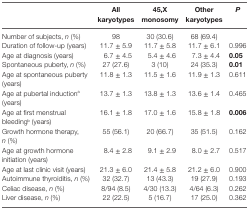
|  | All karyotypes | 45,X monosomy | Other karyotypes | P |
 | --- | --- | --- | --- | --- |
 | Number of subjects, n (%) | 98 | 30 (30.6) | 68 (69.4) |  |
 | Duration of follow-up (years) | 11.7 ± 5.9 | 11.7 ± 5.8 | 11.7 ± 6.1 | 0.996 |
 | Age at diagnosis (years) | 6.7 ± 4.5 | 5.4 ± 4.6 | 7.3 ± 4.4 | 0.05 |
 | Spontaneous puberty, n (%) | 27 (27.6) | 3 (10) | 24 (35.3) | 0.01 |
 | Age at spontaneous puberty (years) | 11.8 ± 1.3 | 11.5 ± 1.6 | 11.9 ± 1.3 | 0.611 |
 | Age at pubertal inductiona (years) | 13.7 ± 1.3 | 13.8 ± 1.3 | 13.6 ± 1.4 | 0.465 |
 | Age at first menstrual bleedingb (years) | 16.1 ± 1.8 | 17.0 ± 1.6 | 15.8 ± 1.8 | 0.006 |
 | Growth hormone therapy, n (%) | 55 (56.1) | 20 (66.7) | 35 (51.5) | 0.162 |
 | Age at growth hormone initiation (years) | 8.4 ± 2.8 | 9.1 ± 2.9 | 8.0 ± 2.7 | 0.517 |
 | Age at last clinic visit (years) | 21.3 ± 6.0 | 21.4 ± 5.8 | 21.2 ± 6.0 | 0.900 |
 | Autoimmune thyroiditis, n (%) | 32 (32.7) | 13 (43.3) | 19 (27.9) | 0.193 |
 | Celiac disease, n (%) | 8/94 (8.5) | 4/30 (13.3) | 4/64 (6.3) | 0.262 |
 | Liver disease, n (%) | 22 (22.5) | 5 (16.7) | 17 (25.0) | 0.362 |